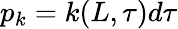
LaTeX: p_{k}=k(L,\tau)d\tau